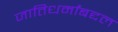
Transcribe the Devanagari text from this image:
जातिधर्मांबद्दल